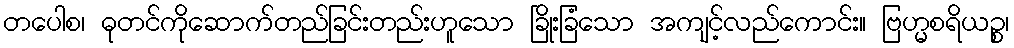
တပေါစ၊ ဓုတင်ကိုဆောက်တည်ခြင်းတည်းဟူသော ခြိုးခြံသော အကျင့်လည်ကောင်း။ ဗြဟ္မစရိယဉ္စ၊